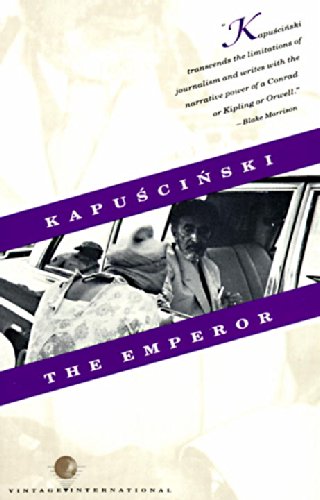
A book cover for The Emperor: Downfall of an Autocrat; Ryszard Kapuscinski; Biographies & Memoirs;